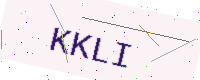
Text: KKLI